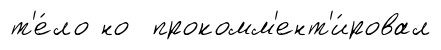
т'е́ло но прокомм'ент'и́ровал